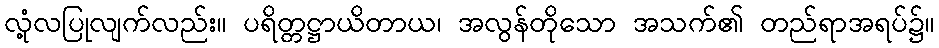
လုံ့လပြုလျက်လည်း။ ပရိတ္တဋ္ဌာယိတာယ၊ အလွန်တိုသော အသက်၏ တည်ရာအရပ်၌။